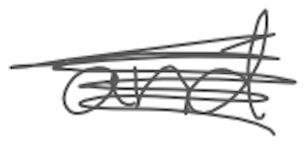
Text: and
Cross-out: scratch
Writing tool: digital_gray